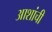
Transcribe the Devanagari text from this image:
आशांची